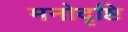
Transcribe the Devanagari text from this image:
मनोदृष्टि